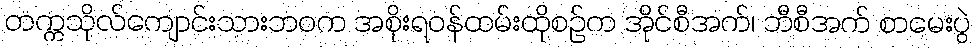
တက္ကသိုလ်ကျောင်းသားဘဝက အစိုးရဝန်ထမ်းထိုစဉ်က အိုင်စီအက်၊ ဘီစီအက် စာမေးပွဲ